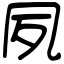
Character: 夙